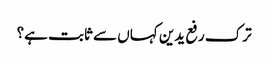
ترک رفع یدین کہاں سے ثابت ہے؟